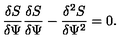
\frac { \delta S } { \delta \Psi } \frac { \delta S } { \delta \Psi } - \frac { \delta ^ { 2 } S } { \delta \Psi ^ { 2 } } = 0 .